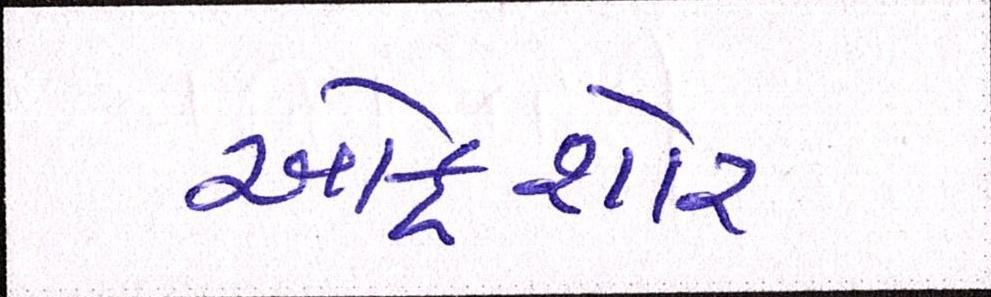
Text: ઓફશોર